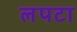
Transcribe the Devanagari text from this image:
लपटा